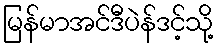
မြန်မာအင်ဒီပဲန်ဒင့်သို့